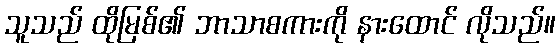
သူသည် ထိုမြစ်၏ ဘာသာစကားကို နားထောင် လိုသည်။